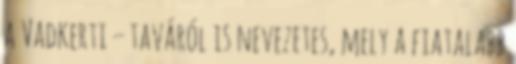
a Vadkerti – taváról is nevezetes, mely a fiatalabb